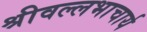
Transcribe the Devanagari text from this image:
श्रीवल्‍लभाचार्य